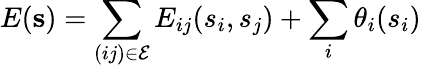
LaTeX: E(\mathbf{s})=\sum_{(ij)\in\mathcal E}E_{ij}(s_{i},s_{j})+\sum_{i}\theta_{i}(s_{i})